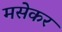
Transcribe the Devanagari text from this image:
मसेकर